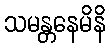
သမန္တနေမိနိ